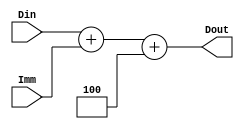
`timescale 1ns / 1ps


module Adder4_Imm(
	 output reg [31:0] Dout,
	 input [31:0] Din, Imm
    );
	 
	 always @(*) begin
	 Dout = Din + Imm +4 ;
	 end


endmodule